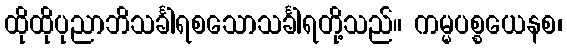
ထိုထိုပုညာဘိသင်္ခါရစသောသင်္ခါရတို့သည်။ ကမ္မပစ္စယေနစ၊